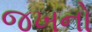
જખનો